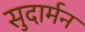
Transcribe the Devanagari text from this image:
सुदार्मन